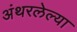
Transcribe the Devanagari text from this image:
अंथरलेल्या